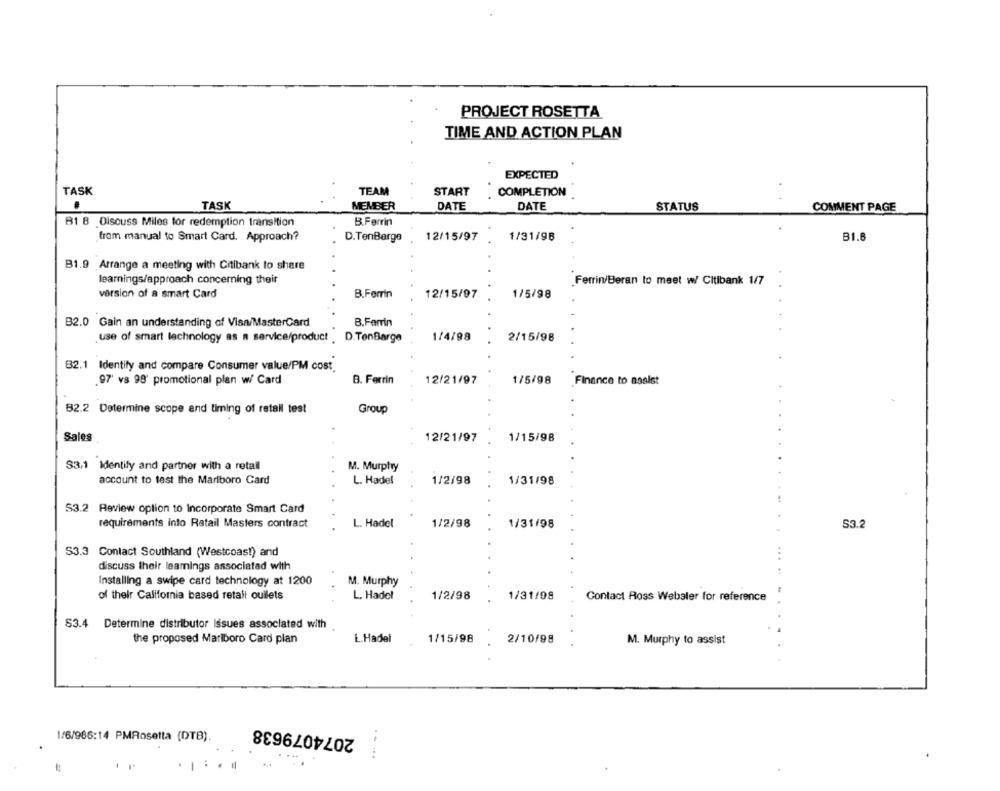
PROJECT ROSETTA
TIME AND ACTION PLAN
EXPECTED
TASK
TEAM
START
COMPLETION
.
TASK
MEMBER
DATE
DATE
STATUS
COMMENT PAGE
B.Ferrin
B1 B Discuss Miles for redemption transition
from manual to Smart Card. Approach?
D.TenBarge
12/15/97
1/31/98
B1.6
B1.9 Arrange a meeting with Citibank to share
learnings/approach concerning their
Ferrin/Beran to meet w/ Citibank 1/7
version of a smart Card
B.Ferrin
12/15/97
1/5/98
B2.0 Gain an understanding of Visa/MasterCard
B.Ferrin
use of smart lechnology as a service/product . D. TenBarge
1/4/98
2/15/98
B2.1 Identify and compare Consumer value/PM cost.
.97' vs 98' promotional plan w/ Card
B. Ferrin
12/21/97
1/5/98
Finance to assist
82.2 Determine scope and timing of retail test
Group
Sales
12/21/97
1/15/98
S3.1 Identify and partner with a retail
M. Murphy
account to test the Marlboro Card
L. Hadel
1/2/98
1/31/98
S3.2 Review option to incorporate Smart Card
requirements into Ratail Masters contract
S3.2
L. Hadel
1/2/98
1/31/98
$3.3 Contact Southland (Westcoas!) and
discuss their learnings associated with
Installing a swipe card technology at 1200
M. Murphy
of their California based retail ouilets
L. Hadel
1/2/98
1/31/98
Contact Ross Webaler for reference
53.4
Determine distributor Issues associated with
the proposed Marlboro Card plan
L.Hadel
1/15/98
2/10/98
M. Murphy to assist
2074079638
1/6/986:14 PMRosetta (DTB).
....